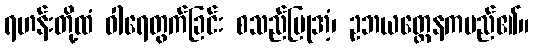
ရဟန်းတို့ထံ ဝါရေတွက်ခြင်း စသည်ပြုအံ့၊ ဥဘယတ္ထေနကမည်၏။